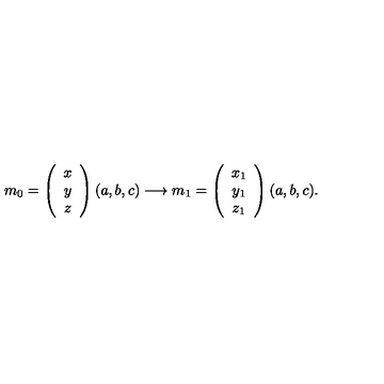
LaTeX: m _ { 0 } = \left( \begin{array} { c } { x } \\ { y } \\ { z } \\ \end{array} \right) ( a , b , c ) \longrightarrow m _ { 1 } = \left( \begin{array} { c } { x _ { 1 } } \\ { y _ { 1 } } \\ { z _ { 1 } } \\ \end{array} \right) ( a , b , c ) .